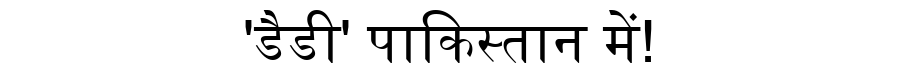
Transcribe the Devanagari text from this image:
'डैडी' पाकिस्तान में!